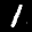
Label: 1